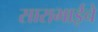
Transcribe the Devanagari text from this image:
साराभाईचे